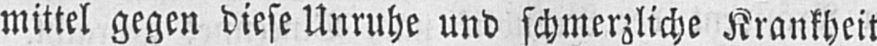
mittel gegen diese Unruhe und schmerzliche Krankheit